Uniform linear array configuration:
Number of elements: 24
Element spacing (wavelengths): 1
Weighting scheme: hann
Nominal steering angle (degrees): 60
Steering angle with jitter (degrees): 61.246
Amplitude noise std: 0.05
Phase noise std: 0.05

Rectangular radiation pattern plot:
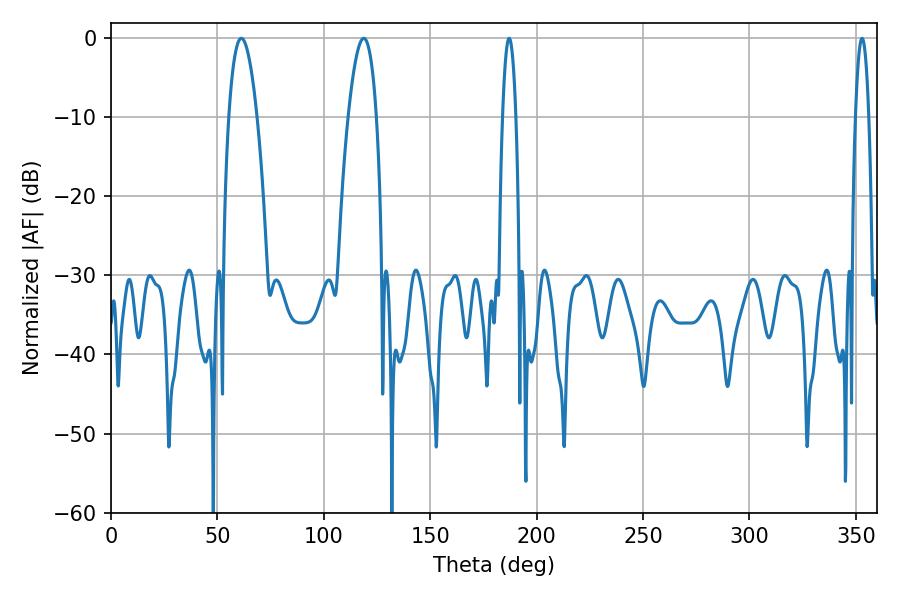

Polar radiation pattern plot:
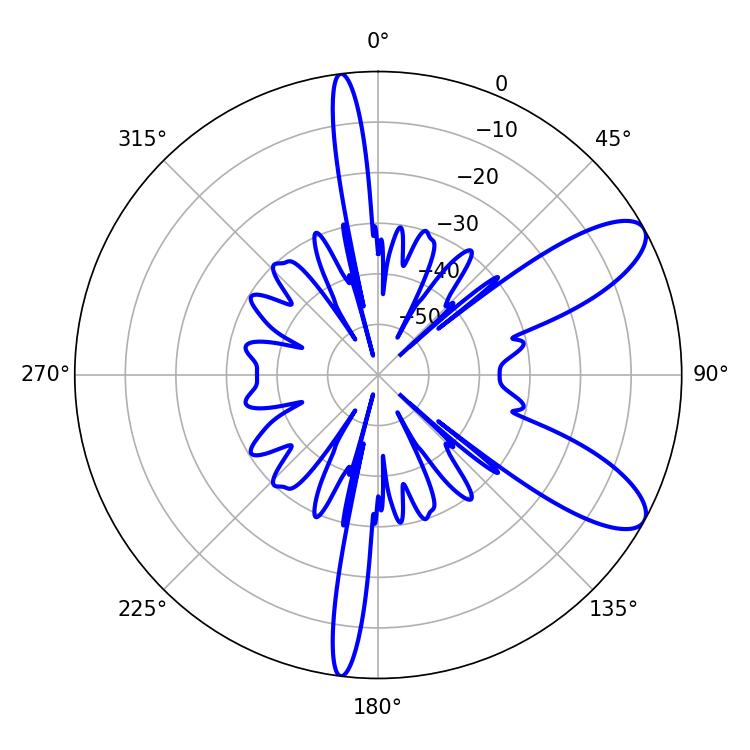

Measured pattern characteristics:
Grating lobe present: TRUE
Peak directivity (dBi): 9.482
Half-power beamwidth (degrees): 7.38
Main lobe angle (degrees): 61.2